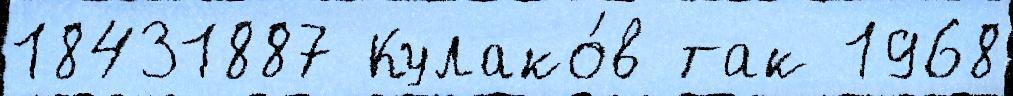
18431887 Кулако́в так 1968